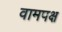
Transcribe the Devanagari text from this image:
वामपक्ष